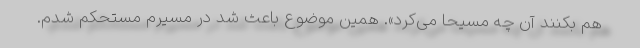
هم بکنند آن چه مسیحا می‌کرد». همین موضوع باعث شد در مسیرم مستحکم شدم.